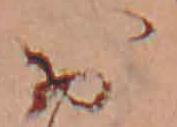
お